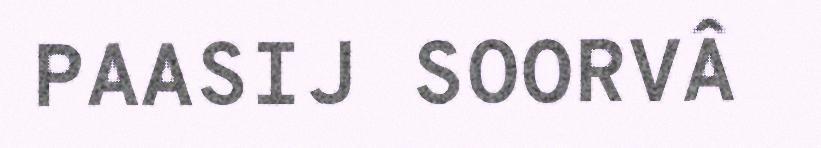
PAASIJ SOORVÂ